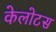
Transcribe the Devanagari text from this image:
केलोटस